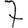
Digit: 7